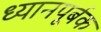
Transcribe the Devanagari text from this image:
ध्यानपूर्बक